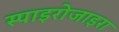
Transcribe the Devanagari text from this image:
स्पाइरोजाइरा